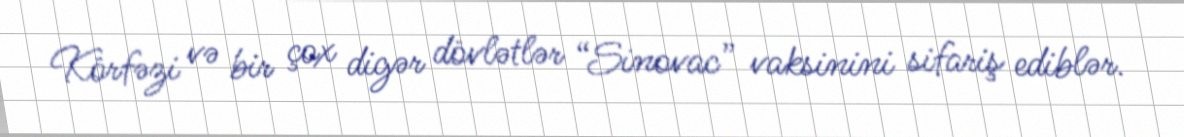
Körfəzi və bir çox digər dövlətlər “Sinovac” vaksinini sifariş ediblər.